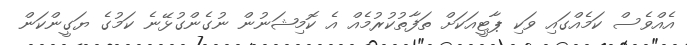
އެއްވެސް ކަމެއްގައި ވަކި ޕާޓީއަކަށް ތަފާތުކުރުމެއް އެ ކޮމިޝަނުން ނުގެންގުޅޭނެ ކަމުގެ ޔަގީންކަން